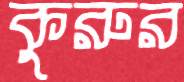
কুরুর